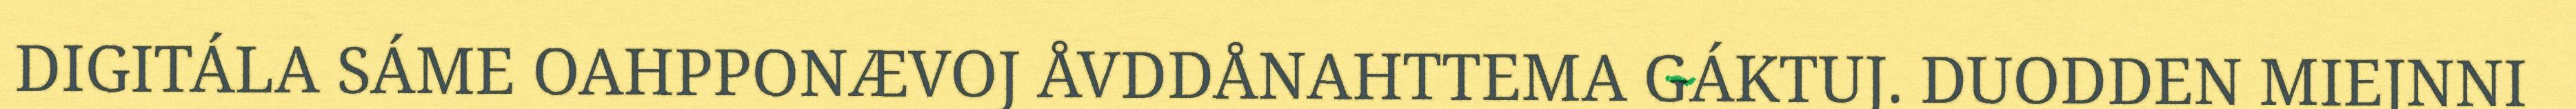
DIGITÁLA SÁME OAHPPONÆVOJ ÅVDDÅNAHTTEMA GÁKTUJ. DUODDEN MIEJNNI